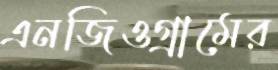
এনজিওগ্রামের